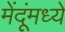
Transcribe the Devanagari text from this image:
मेंदूंमध्ये